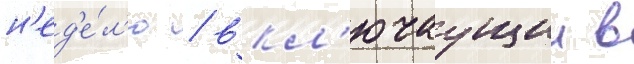
н'ед'е́л'ю / вкл'ючаущии в